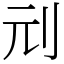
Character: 刓